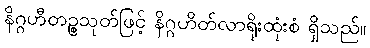
နိဂ္ဂဟီတဉ္စသုတ်ဖြင့် နိဂ္ဂဟိတ်လာရိုးထုံးစံ ရှိသည်။